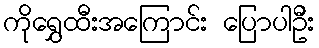
ကိုရွှေထီးအကြောင်း ပြောပါဦး